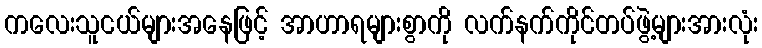
ကလေးသူငယ်များအနေဖြင့် အာဟာရများစွာကို လက်နက်ကိုင်တပ်ဖွဲ့များအားလုံး